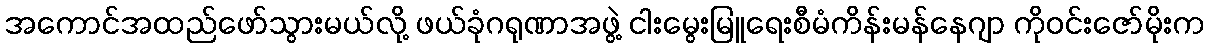
အကောင်အထည်ဖော်သွားမယ်လို့ ဖယ်ခုံဂရုဏာအဖွဲ့ ငါးမွေးမြူရေးစီမံကိန်းမန်နေဂျာ ကိုဝင်းဇော်မိုးက